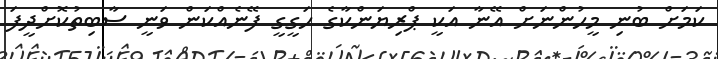
ކަމަށް ބުނި މީހުންނަށް އޭނާ އަކީ ޕްރިޔަންކާގެ ހަގީގީ ފޭނެއްކަން ވަނީ ސާބިތުކޮށްދީފަ